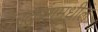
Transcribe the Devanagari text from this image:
नरतुरंगमधील